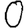
Digit: 0